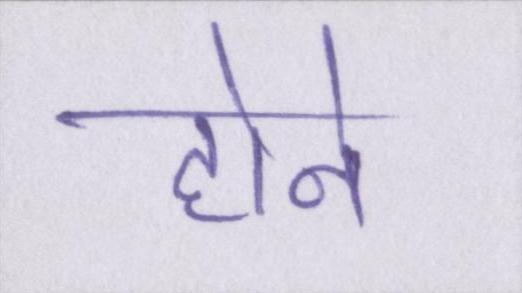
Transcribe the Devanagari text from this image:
होने